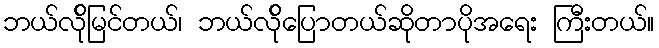
ဘယ်လ်ိုမြင်တယ်၊ ဘယ်လ်ိုပြောတယ်ဆိုတာပိုအရေး ကြီးတယ်။